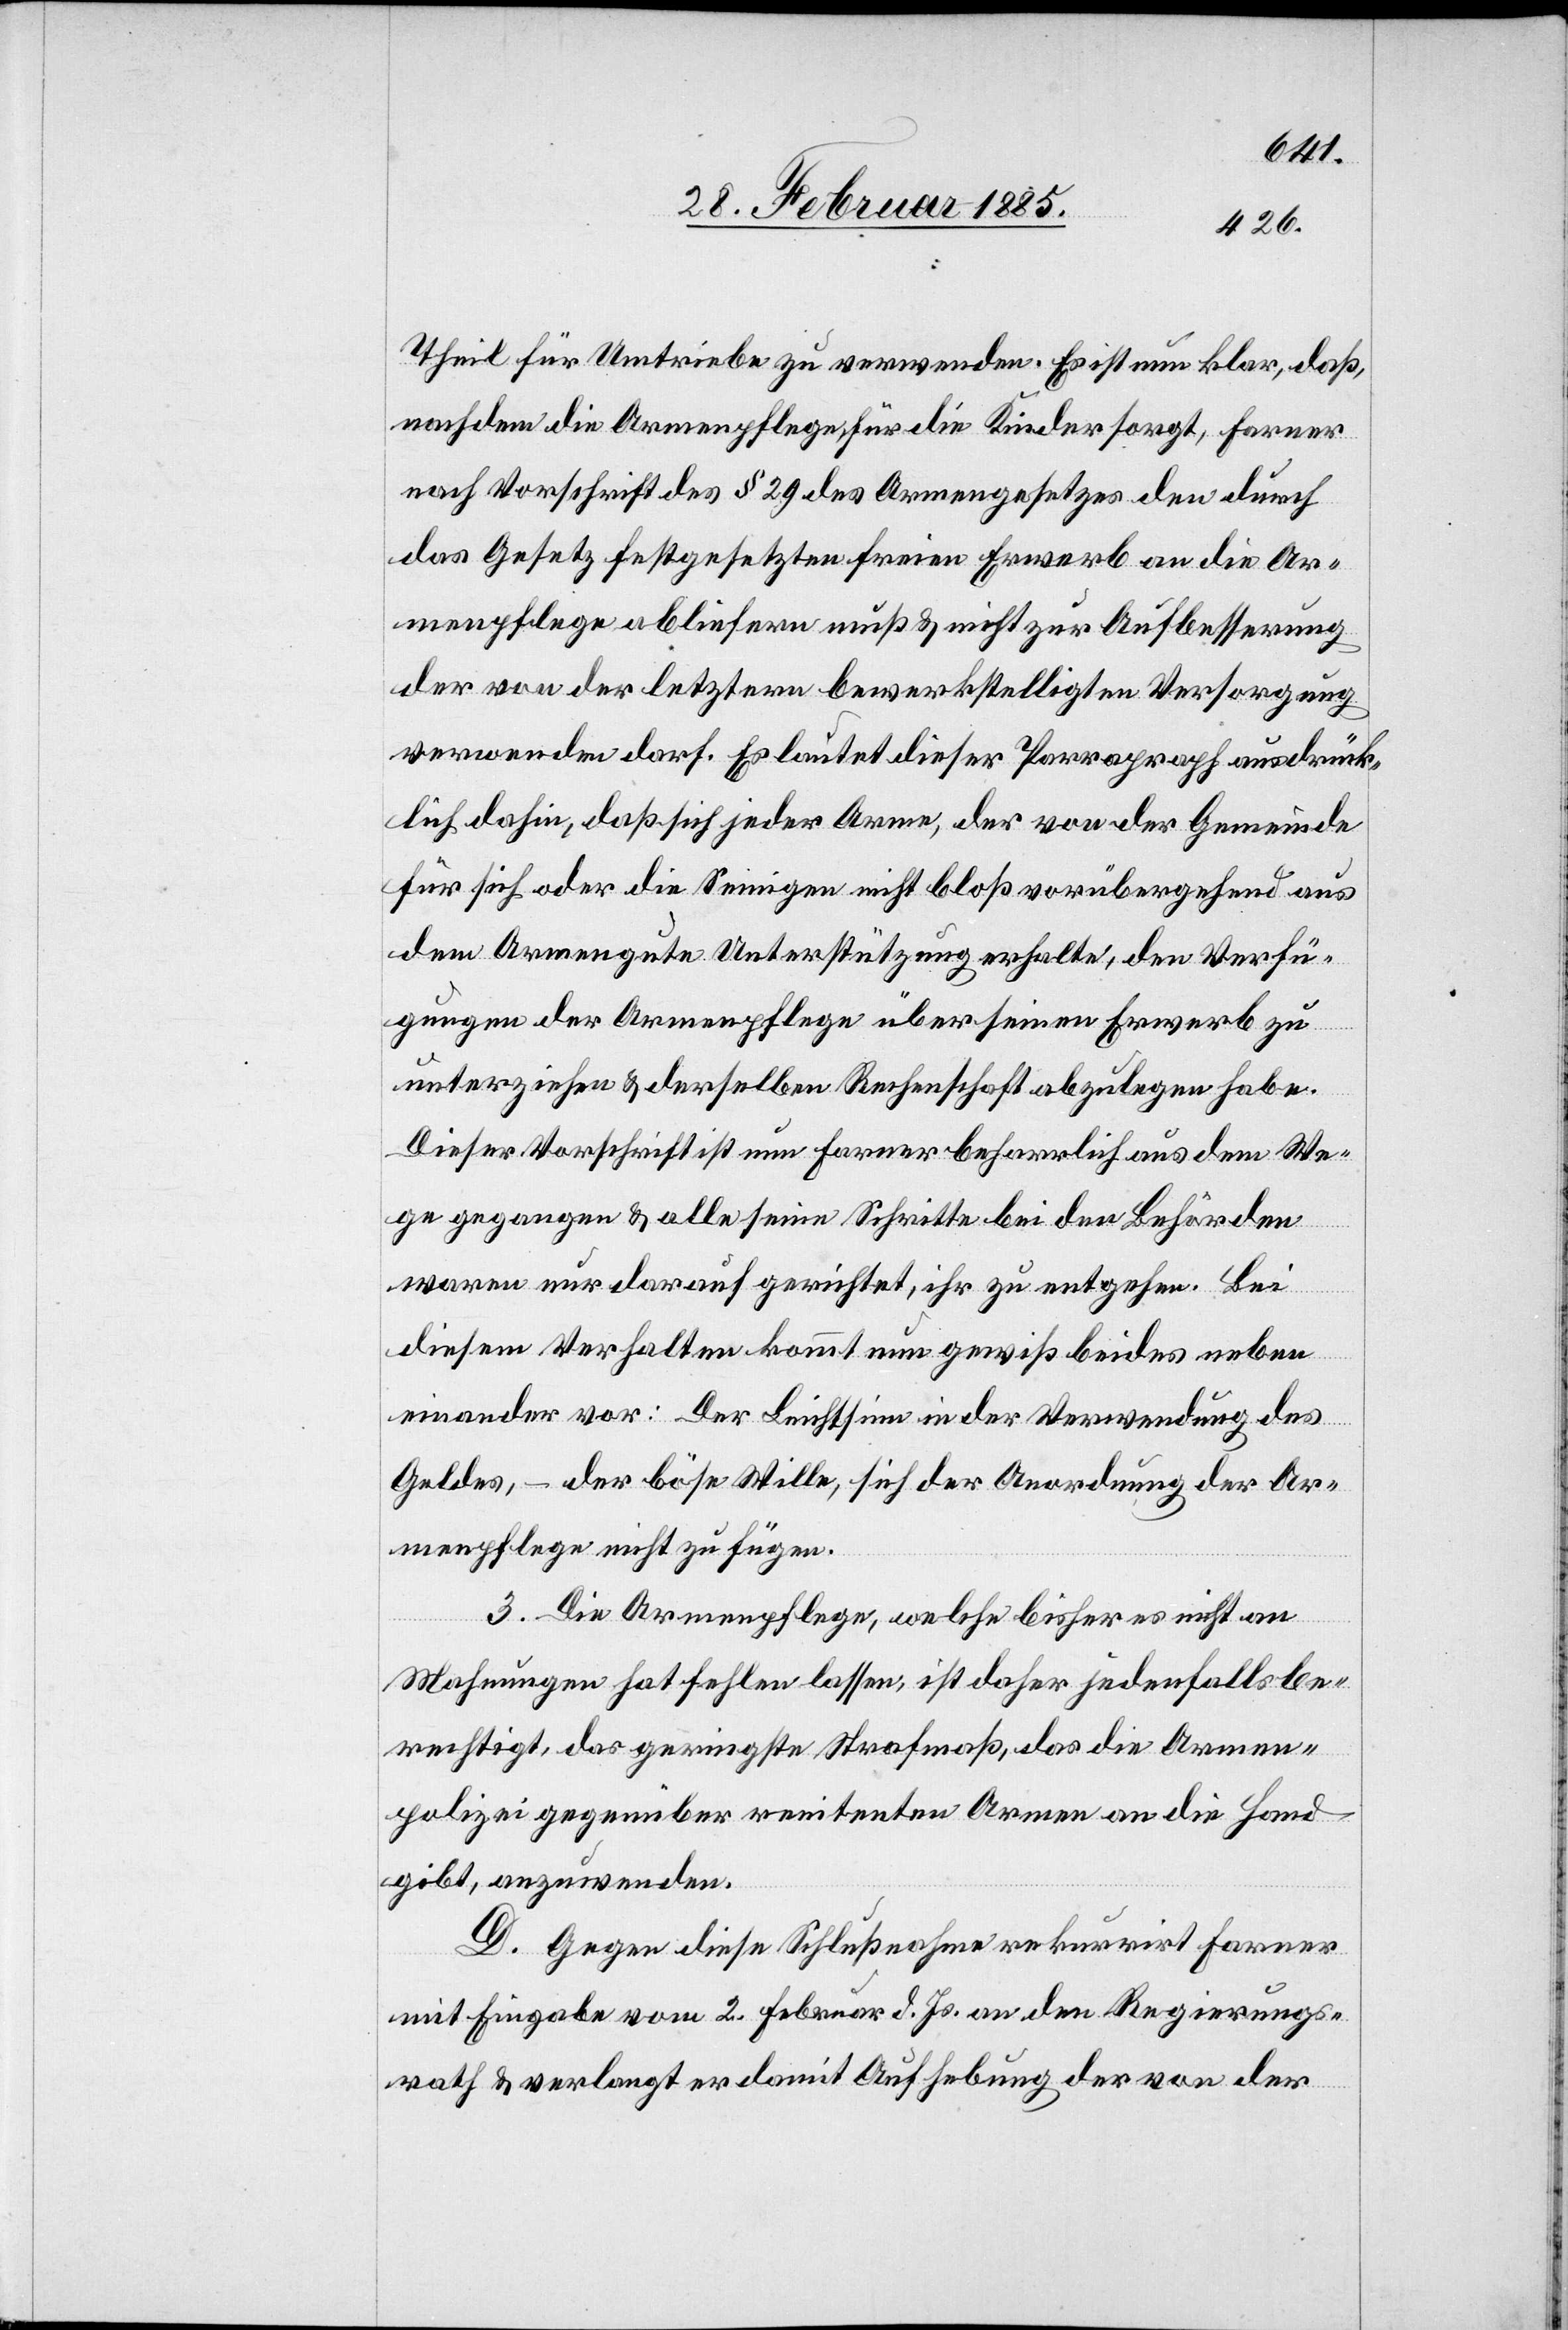
Theil für Umtriebe zu verwenden. Es ist nun klar, daß,
nachdem die Armenpflege für die Kinder sorgt, Farner
nach Vorschrift des § 29 des Armengesetzes den durch
das Gesetz festgesetzten freien Erwerb an die Ar¬
menpflege abliefern muß & nicht zur Aufbesserung
der von der letztern bewerkstelligten Versorgung
verwenden darf. Es lautet dieser Parragraph [sic!] ausdrück¬
lich dahin, daß sich jeder Arme, der von der Gemeinde
für sich oder die Seinigen nicht bloß vorübergehend aus
dem Armengute Unterstützung erhalte, den Verfü¬
gungen der Armenpflege über seinen Erwerb zu
unterziehen & derselben Rechenschaft abzulegen habe.
Dieser Vorschrift ist nun Farner beharrlich aus dem We¬
ge gegangen & alle seine Schritte bei den Behörden
waren nur darauf gerichtet, ihr zu entgehen. Bei
diesem Verhalten kommt nun gewiß beides neben
einander vor: Der Leichtsinn in der Verwendung des
Geldes, – der böse Wille, sich der Anordnung der Ar¬
menpflege nicht zu fügen.
3. Die Armenpflege, welche bisher es nicht an
Mahnungen hat fehlen lassen, ist daher jedenfalls be¬
rechtigt, das geringste Strafmaß, das die Armen¬
polizei gegenüber renitenten Armen an die Hand
gibt, anzuwenden.
D. Gegen diese Schlußnahme rekurrirt Farner
mit Eingabe vom 2. Februar d. Js. an den Regierungs¬
rath & verlangt er damit Aufhebung der von der